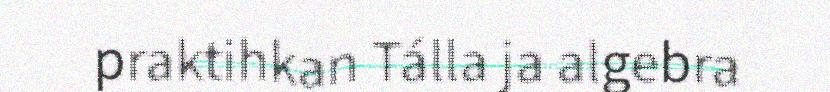
praktihkan Tálla ja algebra